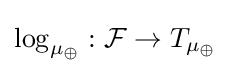
\log _{\mu _{\oplus }}:{\mathcal {F}}\to T_{\mu _{\oplus }}